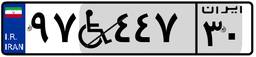
۲۳W۰۷۸۶۶